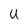
Character: U